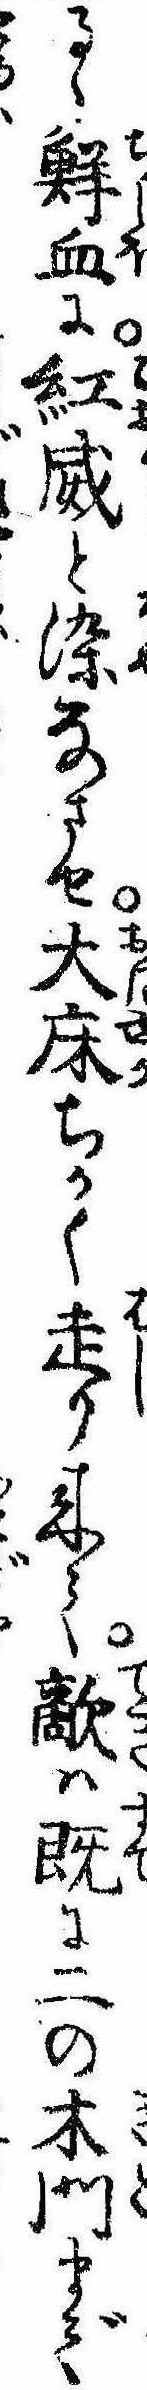
るゝ鮮血に紅威と染なさせ大床ちかく走り来て敵は既に二の木門まで